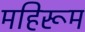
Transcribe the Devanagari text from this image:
महिरूम